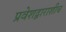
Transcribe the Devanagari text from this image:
प्रवेशद्वाराशीच